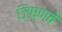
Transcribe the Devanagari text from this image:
जिष्णवे